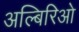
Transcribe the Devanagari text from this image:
अल्बिरिओ